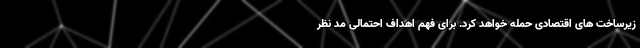
زیرساخت های اقتصادی حمله خواهد کرد. برای فهم اهداف احتمالی مد نظر